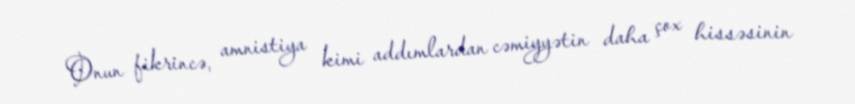
Onun fikrincə, amnistiya kimi addımlardan cəmiyyətin daha çox hissəsinin